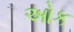
ઓક